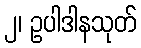
၂၊ ဥပါဒါနသုတ်